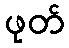
ဖုတ်